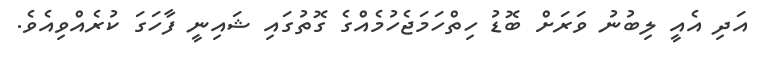
އަދި އެއީ ލިބުނު ވަރަށް ބޮޑު ހިތްހަމަޖެހުމެއްގެ ގޮތުގައި ޝައިނީ ފާހަގަ ކުރެއްވިއެވެ.